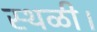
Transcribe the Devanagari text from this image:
स्थळी।